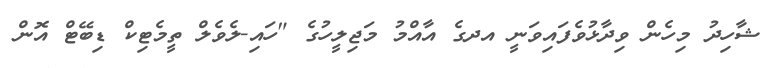
ޝާހިދު މިހެން ވިދާޅުވެފައިވަނީ އދގެ އާއްމު މަޖިލީހުގެ "ހައި-ލެވެލް ތީމެޓިކް ޑިބޭޓް އޮން